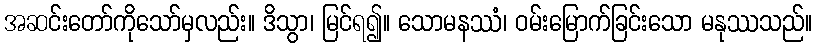
အဆင်းတော်ကိုသော်မှလည်း။ ဒိသွာ၊ မြင်ရ၍။ သောမနဿံ၊ ဝမ်းမြောက်ခြင်းသော မနုဿသည်။